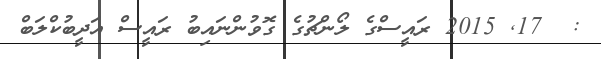
:  17